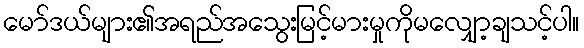
မော်ဒယ်များ၏အရည်အသွေးမြင့်မားမှုကိုမလျှော့ချသင့်ပါ။